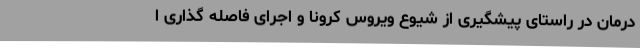
درمان در راستای پیشگیری از شیوع ویروس کرونا و اجرای فاصله گذاری ا